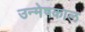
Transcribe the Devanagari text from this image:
उन्मेषकाल